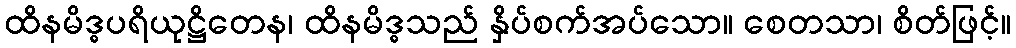
ထိနမိဒ္ဓပရိယုဋ္ဌိတေန၊ ထိနမိဒ္ဓသည် နှိပ်စက်အပ်သော။ စေတသာ၊ စိတ်ဖြင့်။